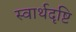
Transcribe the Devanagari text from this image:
स्वार्थदृष्टि